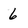
Character: 6